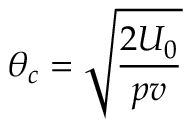
\theta _ { c } = \sqrt { \frac { 2 U _ { 0 } } { p v } }